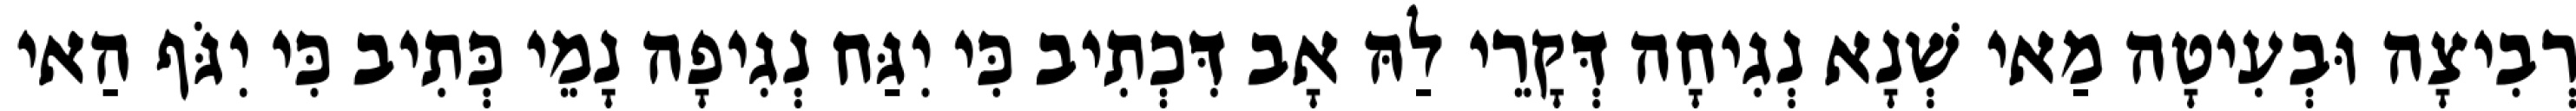
רְבִיצָה וּבְעִיטָה מַאי שְׁנָא נְגִיחָה דְּקָרֵי לַהּ אָב דִּכְתִיב כִּי יִגַּח נְגִיפָה נָמֵי כְּתִיב כִּי יִגֹּף הַאי